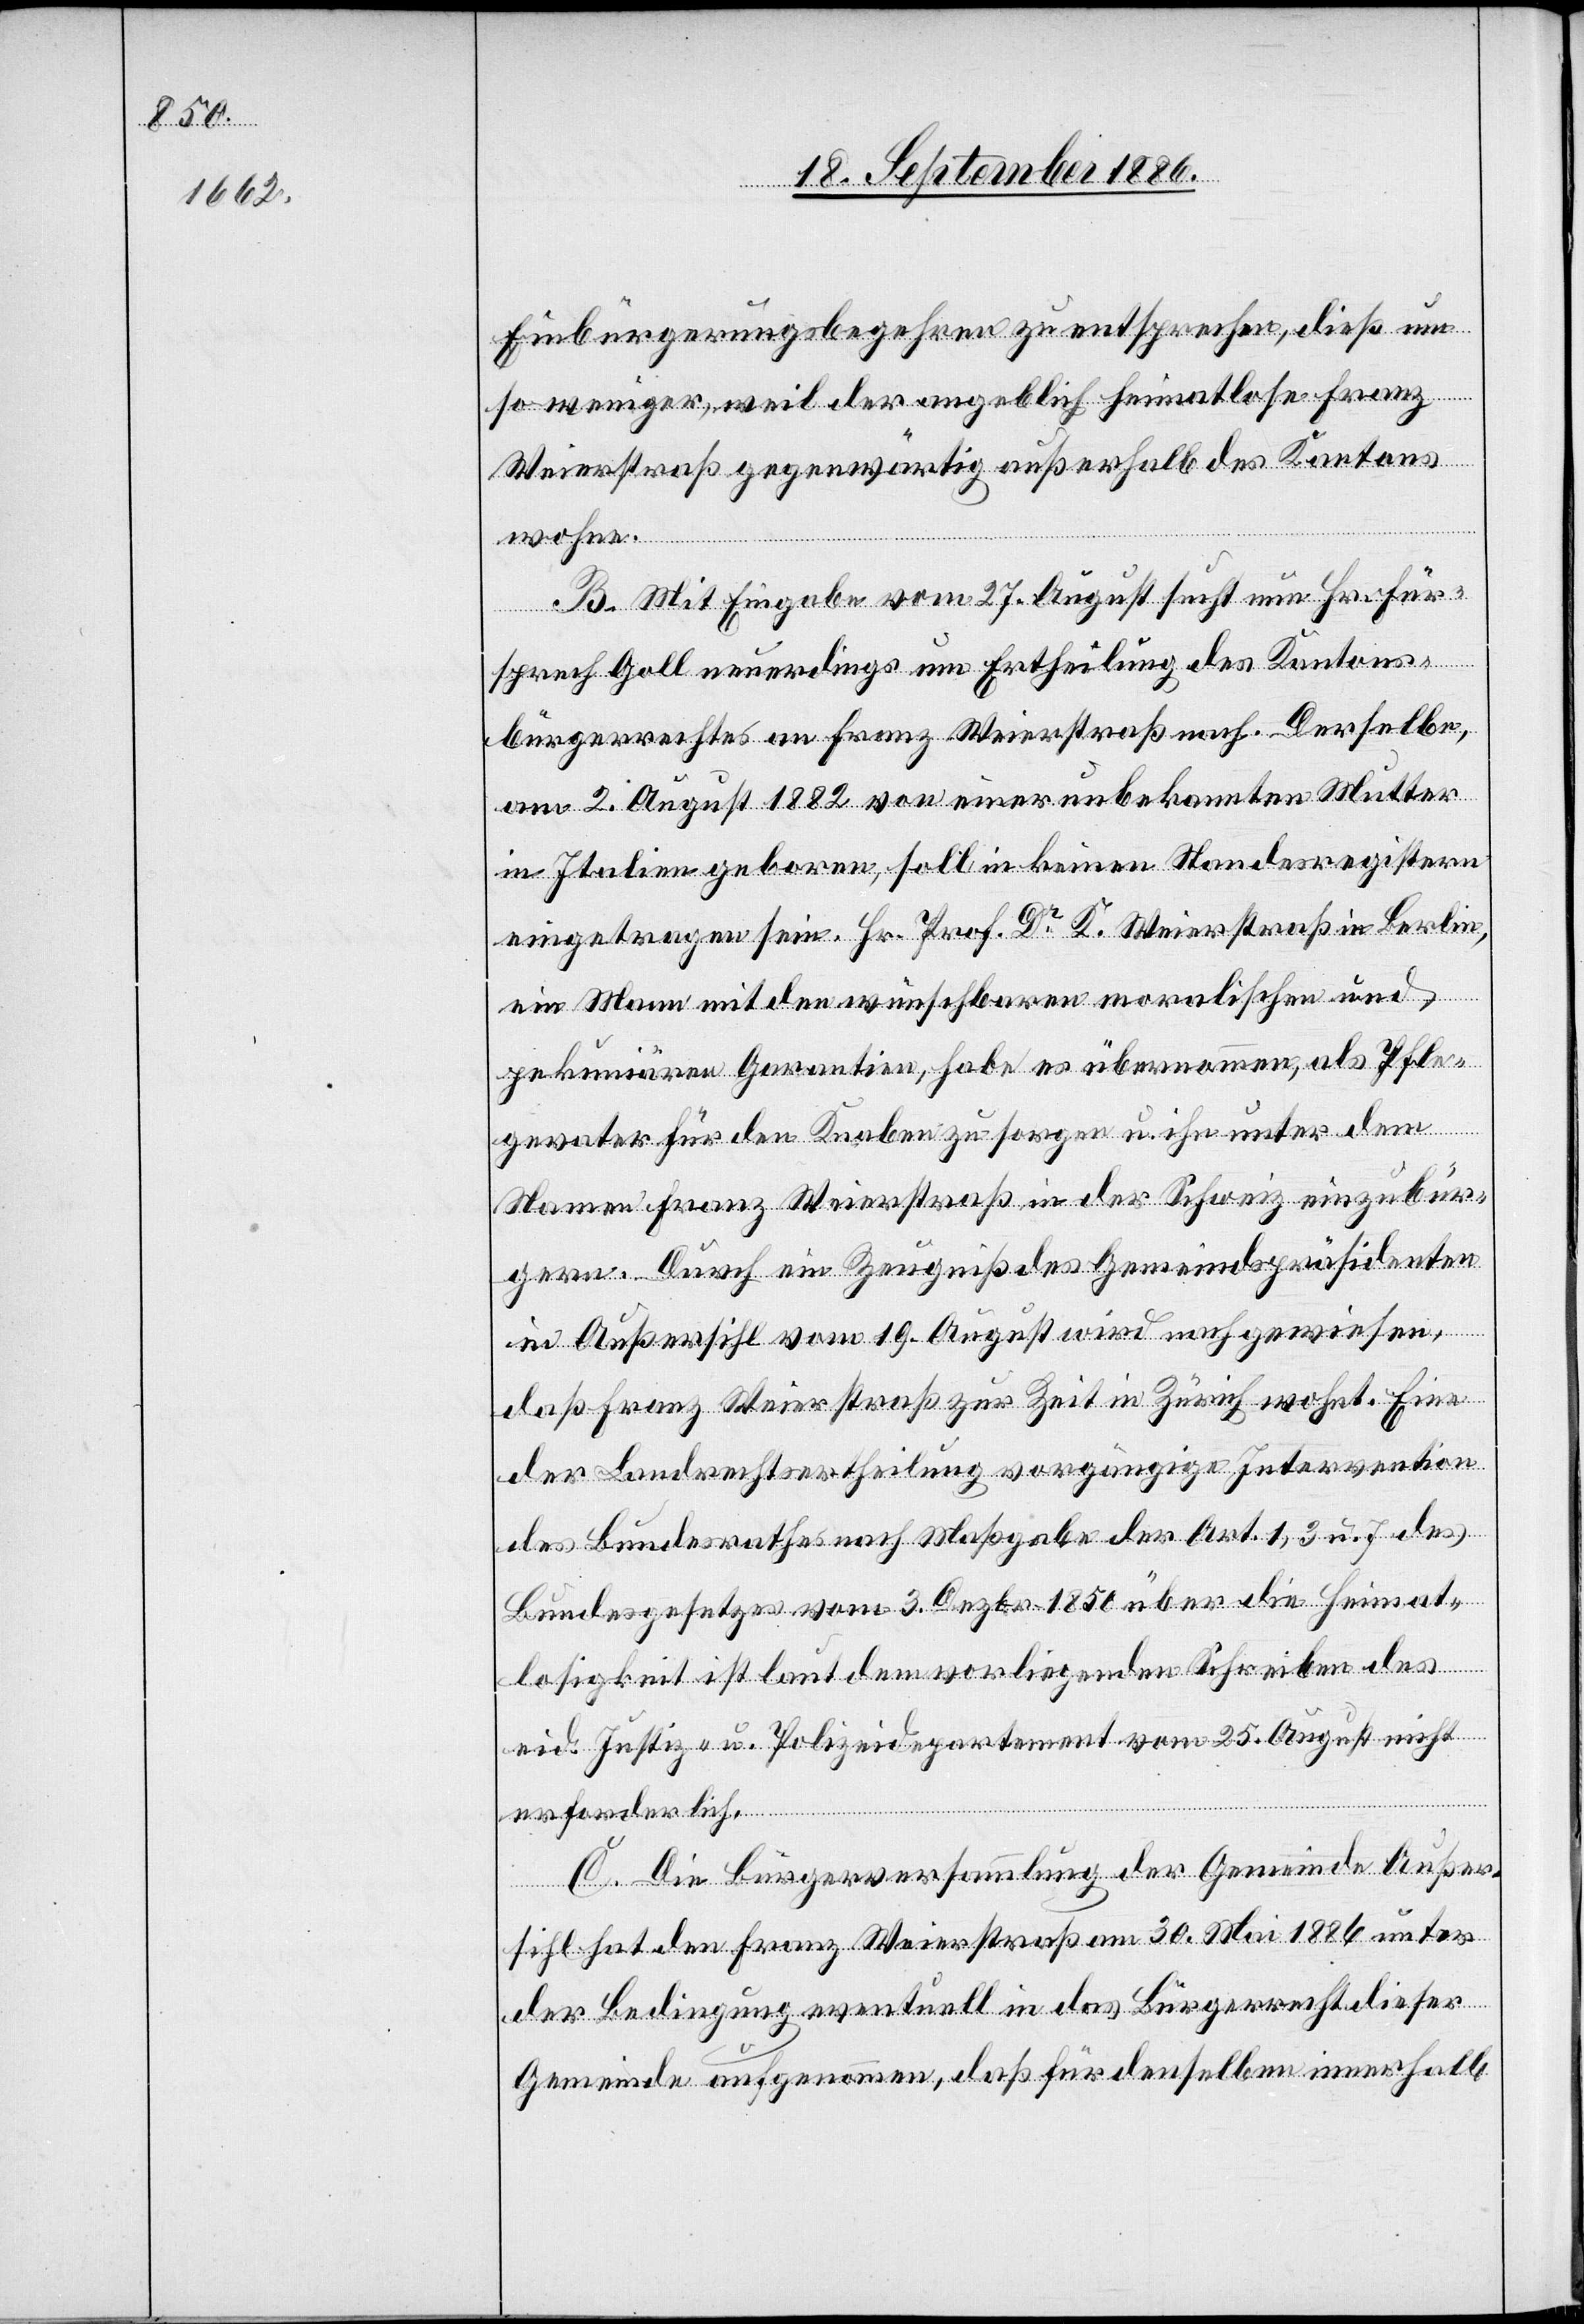
Einbürgerungsbegehren zu entsprechen, dieß um
so weniger, weil der angeblich heimatlose Franz
Weierstraß gegenwärtig außerhalb des Kantons
wohne.
B. Mit Eingabe vom 27. August sucht nun Hr. Für¬
sprech Goll neuerdings um Ertheilung des Kantons¬
bürgerrechtes an Franz Weierstraß nach. Derselbe,
am 2. August 1882 von einer unbekannten Mutter
in Italien geboren, soll in keinen Standesregistern
eingetragen sein. Hr. Prof. Dr K. Weierstraß in Berlin,
ein Mann mit den wünschbaren moralischen und
pekuniären Garantien, habe es übernommen, als Pfle¬
gevater für den Knaben zu sorgen u. ihn unter dem
Namen Franz Weierstraß in der Schweiz einzubür¬
gern. Durch ein Zeugniß des Gemeindspräsidenten
in Außersihl vom 19. August wird nachgewiesen,
daß Franz Weierstraß zur Zeit in Zürich wohnt. Eine
der Landrechtsertheilung vorgängige Intervention
des Bundesrathes nach Maßgabe der Art. 1, 3 u. 7 des
Bundesgesetzes vom 3. Dezbr. 1850 über die Heimat¬
losigkeit ist laut dem vorliegenden Schreiben des
eid. Justiz- u. Polizeidepartement vom 25. August nicht
erforderlich.
C. Die Bürgerversammlung der Gemeinde Außer¬
sihl hat den Franz Weierstraß am 30. Mai 1886 unter
der Bedingung eventuell in das Bürgerrecht dieser
Gemeinde aufgenommen, daß für denselben innerhalb